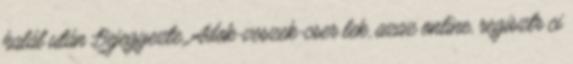
halál után Bejegyezte. Adok-veszek-cser lek, azaz online, regisztr ci